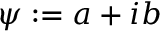
\psi : = a + i b